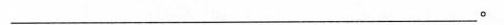
___。